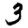
Digit: 3